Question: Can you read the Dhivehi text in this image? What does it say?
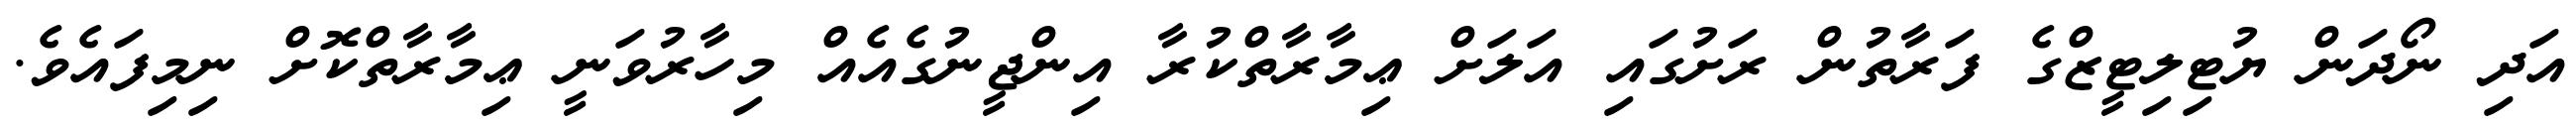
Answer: އަދި ނޯދަން ޔުޓިލިޓީޒްގެ ފަރާތުން ރަށުގައި އަލަށް ޢިމާރާތްކުރާ އިންޖީނުގެއެއް މިހާރުވަނީ ޢިމާރާތްކޮށް ނިމިފައެވެ.